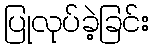
ပြုလုပ်ခဲ့ခြင်း